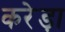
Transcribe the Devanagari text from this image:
करेड़ा